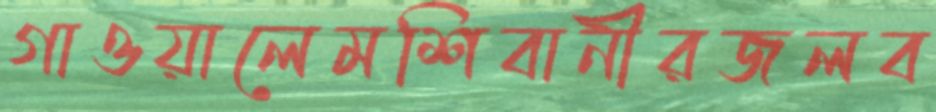
গাওয়ালেমশিবানীরজলব